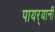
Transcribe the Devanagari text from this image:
पायर्‍यानी